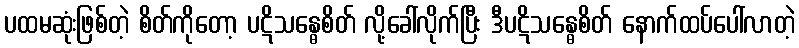
ပထမဆုံးဖြစ်တဲ့ စိတ်ကိုတော့ ပဋိသန္ဓေစိတ် လို့ခေါ်လိုက်ပြီး ဒီပဋိသန္ဓေစိတ် နောက်ထပ်ပေါ်လာတဲ့